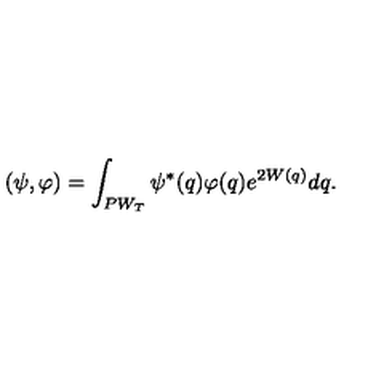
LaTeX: ( \psi , \varphi ) = \int _ { P W _ { T } } \psi ^ { * } ( q ) \varphi ( q ) e ^ { 2 W ( q ) } d q .